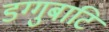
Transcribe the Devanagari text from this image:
डग्गुबाटि